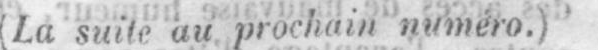
(La suite au prochain numero.)